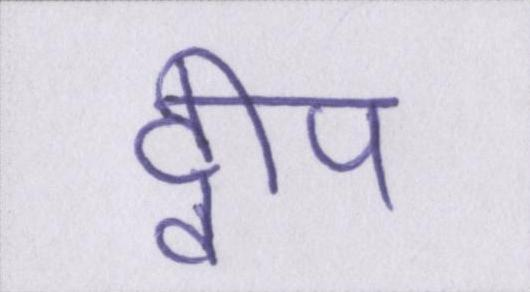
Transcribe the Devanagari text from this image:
द्वीप